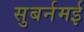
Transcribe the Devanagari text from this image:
सुबर्नमई